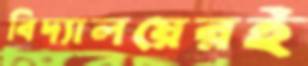
বিদ্যালয়েরই